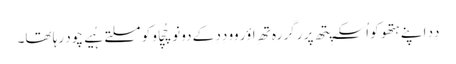
دِدِ اَپنے ہتھو کو اُسکے پِتھ پر رگر رہِ تھِ اؤر وو دِدِ کے دونو چُچِاو کو مسلتے ہُیے چود رہا تھا۔